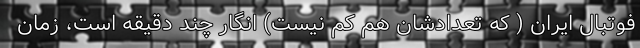
فوتبال ایران ( که تعدادشان هم کم نیست) انگار چند دقیقه است، زمان